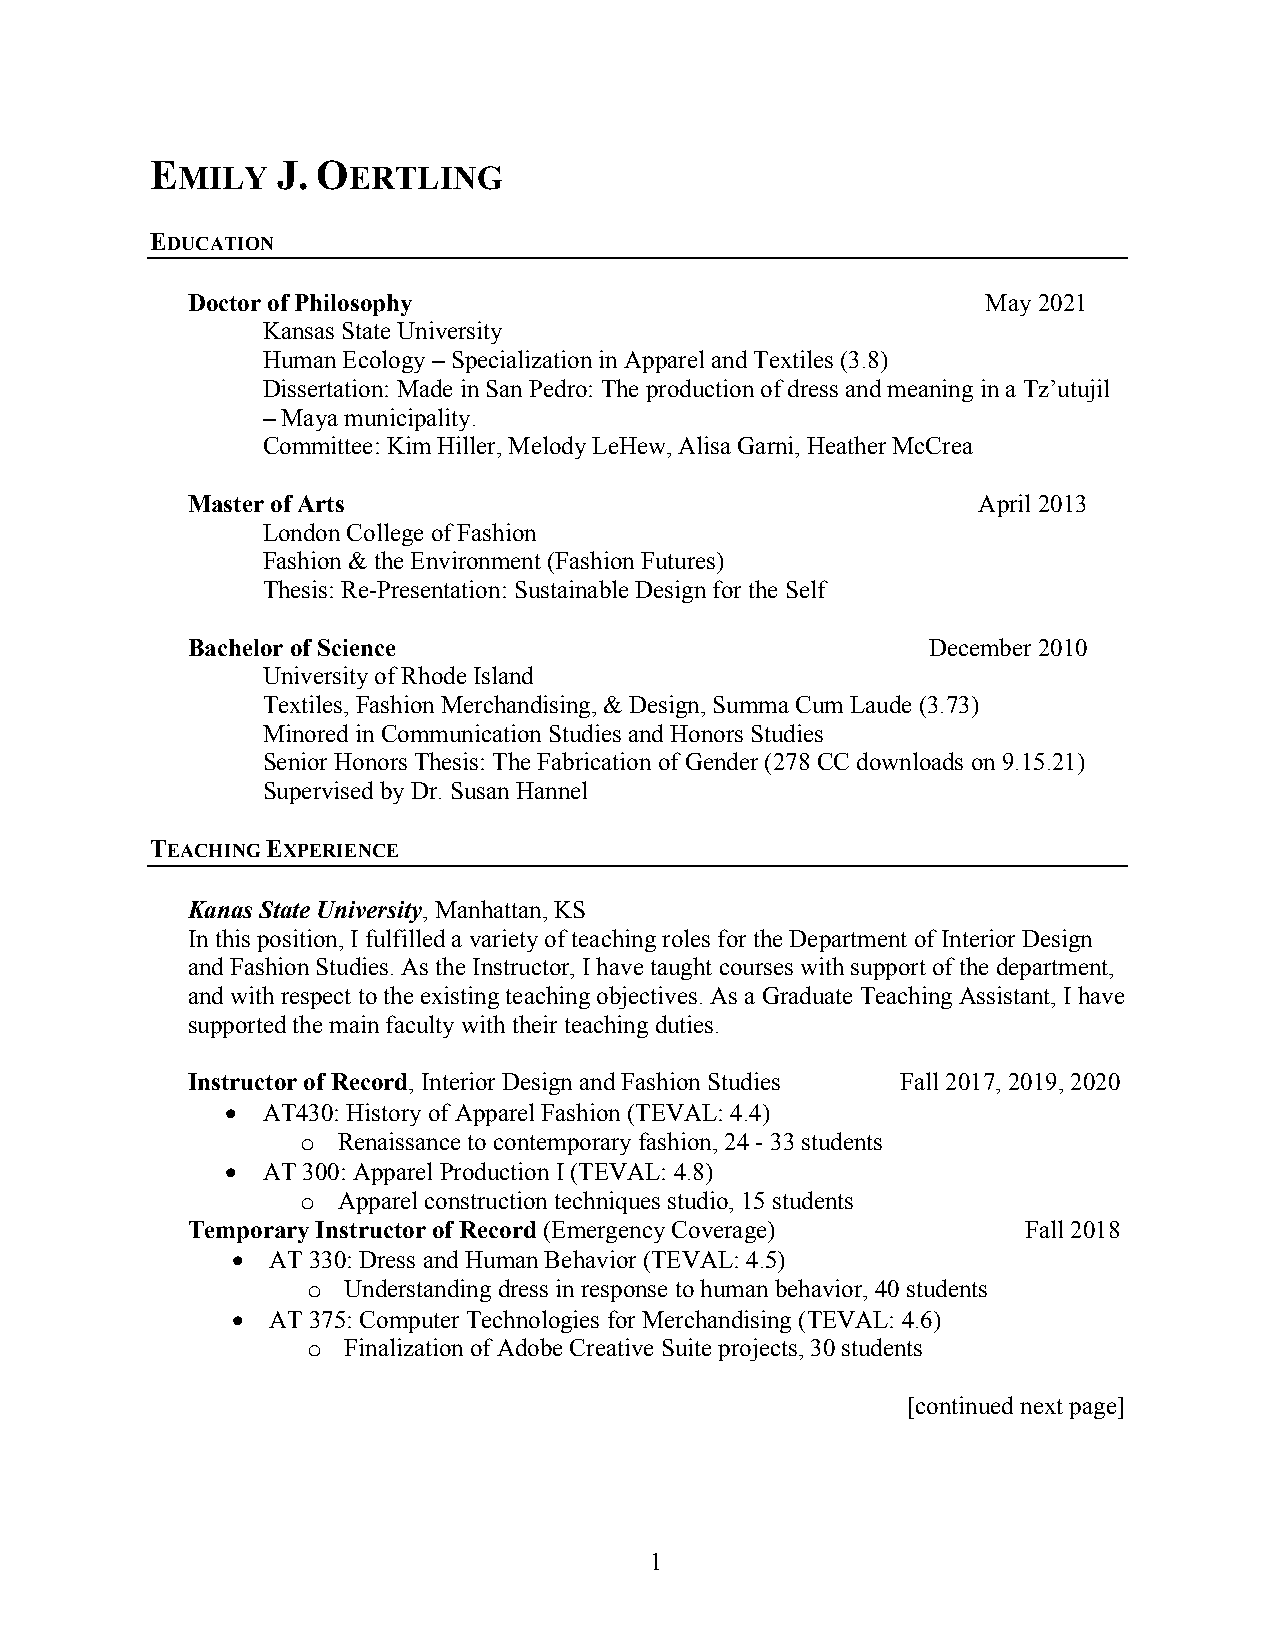
E       J. O
 MILY       ERTLING
 EDUCATION
 Doctor of Philosophy                                 May 2021
 Kansas State University
 Human Ecology – Specialization in Apparel and Textiles (3.8)
 Dissertation: Made in San Pedro: The production of dress and meaning in a Tz’utujil
 – Maya municipality.
 Committee: Kim Hiller, Melody LeHew, Alisa Garni, Heather McCrea
 Master of Arts                                       April 2013
 London College of Fashion
 Fashion & the Environment (Fashion Futures)
 Thesis: Re-Presentation: Sustainable Design for the Self
 Bachelor of Science                              December 2010
 University of Rhode Island
 Textiles, Fashion Merchandising, & Design, Summa Cum Laude (3.73)
 Minored in Communication Studies and Honors Studies
 Senior Honors Thesis: The Fabrication of Gender (278 CC downloads on 9.15.21)
 Supervised by Dr. Susan Hannel
 TEACHING EXPERIENCE
 Kanas State University, Manhattan, KS
 In this position, I fulfilled a variety of teaching roles for the Department of Interior Design
 and Fashion Studies. As the Instructor, I have taught courses with support of the department,
 and with respect to the existing teaching objectives. As a Graduate Teaching Assistant, I have
 supported the main faculty with their teaching duties.
 Instructor of Record, Interior Design and Fashion Studies Fall 2017, 2019, 2020
 • AT430: History of Apparel Fashion (TEVAL: 4.4)
 o Renaissance to contemporary fashion, 24 - 33 students
 • AT 300: Apparel Production I (TEVAL: 4.8)
 o Apparel construction techniques studio, 15 students
 Temporary Instructor of Record (Emergency Coverage)     Fall 2018
 •  AT 330: Dress and Human Behavior (TEVAL: 4.5)
 o  Understanding dress in response to human behavior, 40 students
 •  AT 375: Computer Technologies for Merchandising (TEVAL: 4.6)
 o  Finalization of Adobe Creative Suite projects, 30 students
 [continued next page]
 1